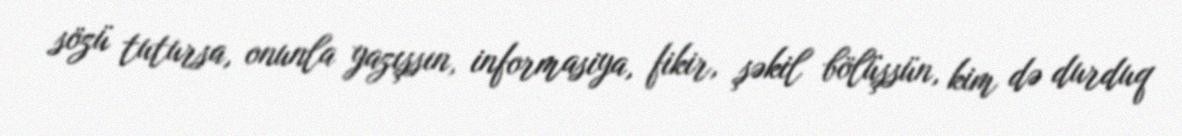
sözü tutursa, onunla yazışsın, informasiya, fikir, şəkil bölüşsün, kim də durduq